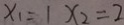
x _ { 1 } = 1 x _ { 2 } = 2